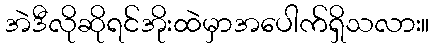
အဲဒီလိုဆိုရင်အိုးထဲမှာအပေါက်ရှိသလား။